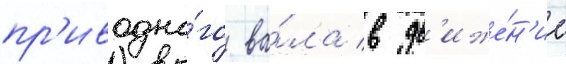
пр'иводно́го ва́ла в дв'иже́н'ие